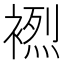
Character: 𲀼